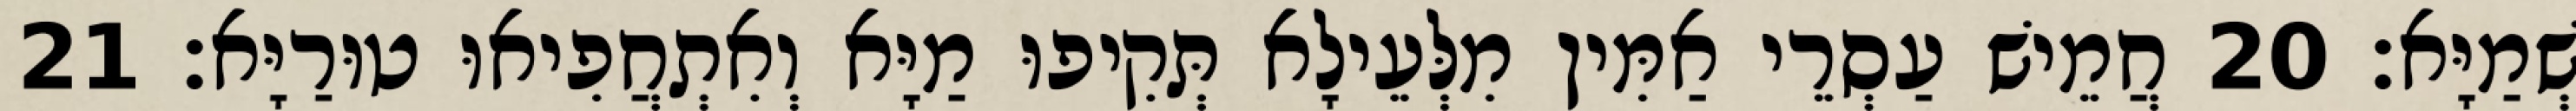
שְׁמַיָּא׃ 20 חֲמֵישׁ עַסְרֵי אַמִּין מִלְּעֵילָא תְּקִיפוּ מַיָּא וְאִתְחֲפִיאוּ טוּרַיָּא׃ 21